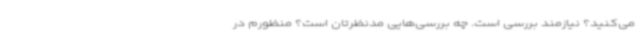
می‌کنید؟ نیازمند بررسی است. چه بررسی‌هایی مدنظرتان است؟ منظورم در